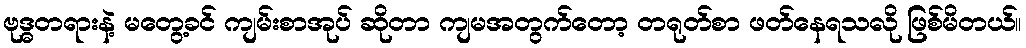
ဗုဒ္ဓတရားနဲ့ မတွေ့ခင် ကျမ်းစာအုပ် ဆိုတာ ကျမအတွက်တော့ တရုတ်စာ ဖတ်နေရသလို ဖြစ်မိတယ်။